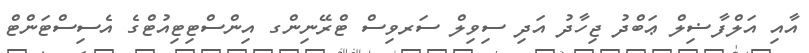
އާއި އަލްފާޟިލް ޢަބްދު ޖިހާދު އަދި ސިވިލް ސަރވިސް ޓްރޭނިންގ އިންސްޓިޓިއުޓްގެ އެސިސްޓަންޓް